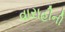
વારાહીની